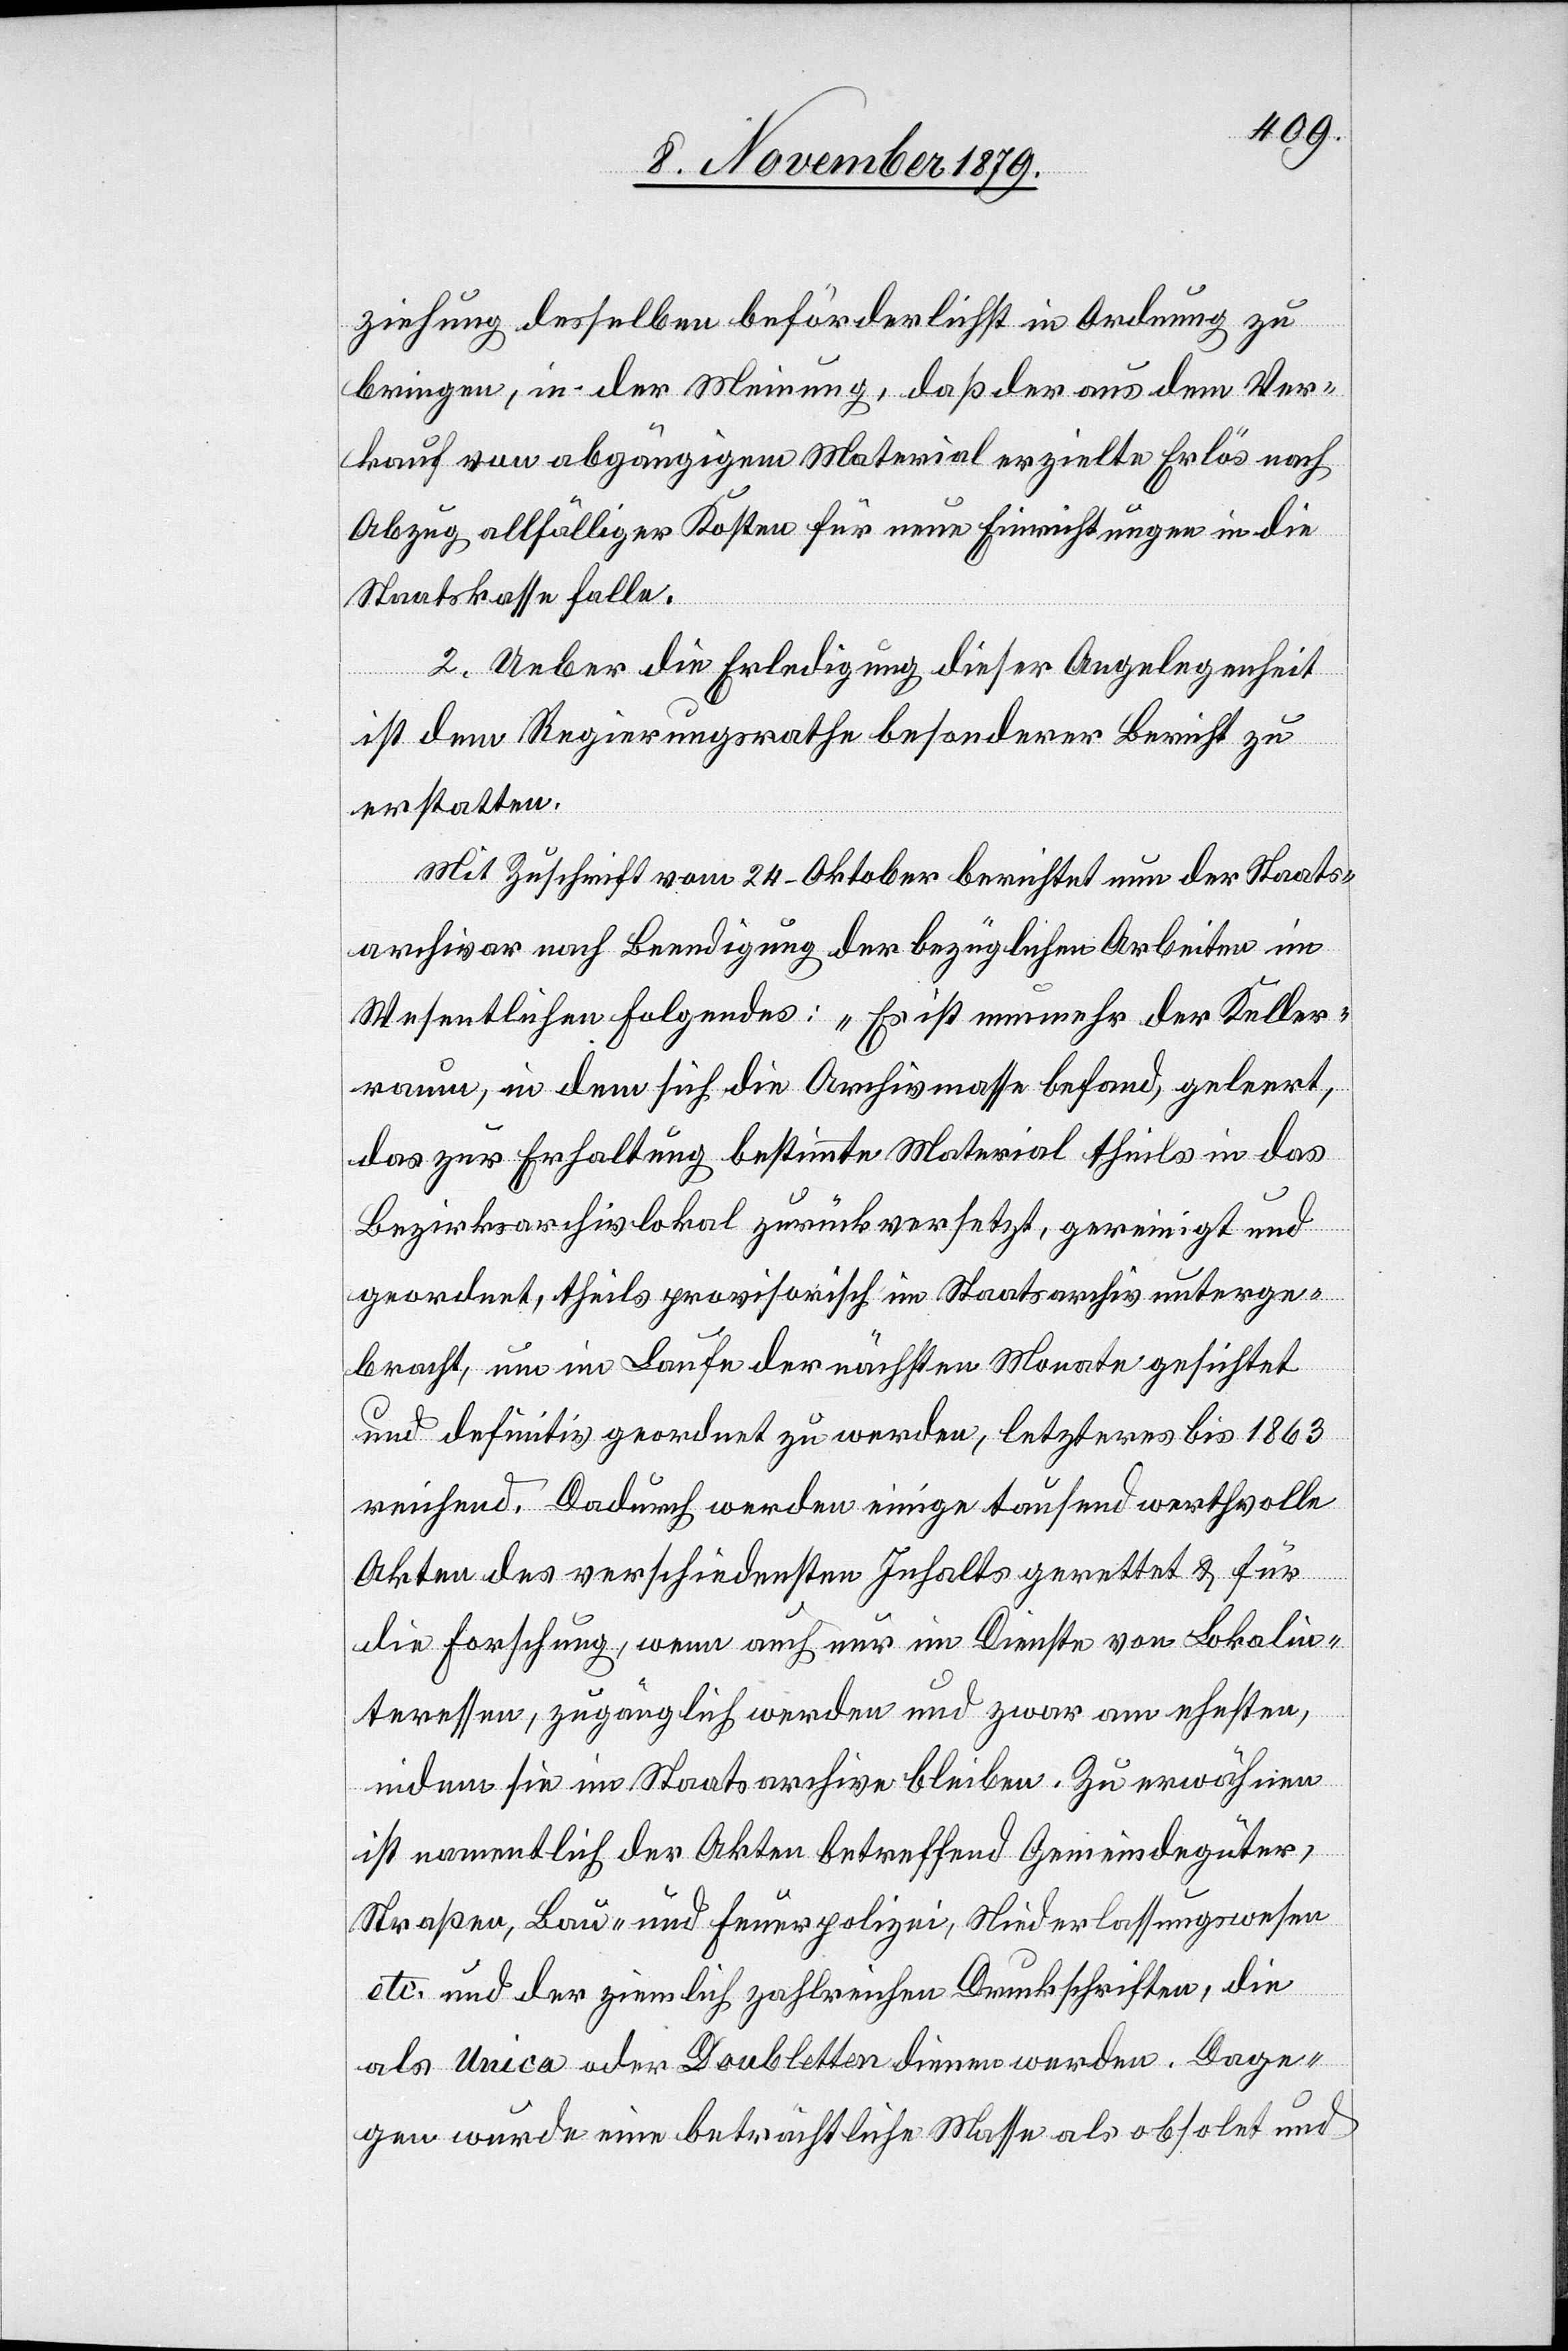
ziehung desselben beförderlichst in Ordnung zu
bringen, in der Meinung, daß der aus dem Ver¬
kauf von abhängigem Material erzielte Erlös nach
Abzug allfälliger Kosten für neue Einrichtungen in die
Staatskasse falle.
2. Ueber die Erledigung dieser Angelegenheit
ist dem Regierungsrathe besonderer Bericht zu
erstatten.
Mit Zuschrift vom 24. Oktober berichtet nun der Staats¬
archivar nach Beendigung der bezüglichen Arbeiten im
Wesentlichen folgendes: „Es ist nunmehr der Keller¬
raum, in dem sich die Archivmasse befand, geleert,
das zur Erhaltung bestimmte Material theils in das
Bezirksarchivlokal zurückversetzt, gereinigt und
geordnet, theils provisorisch im Staatsarchiv unterge¬
bracht, um im Laufe der nächsten Monate gesichtet
und definitiv geordnet zu werden, letzteres bis 1863
reichend. Dadurch werden einige tausend werthvolle
Akten des verschiedensten Inhaltes gerettet & für
die Forschung, wenn auch nur im Dienste von Lokalin¬
teressen, zugänglich werden und zwar am ehesten,
indem sie im Staatsarchive bleiben. Zu erwähnen
ist namentlich der Akten betreffend Gemeindegüter,
Straßen, Bau- und Feuerpolizei, Niederlassungswesen
etc. und der ziemlich zahlreichen Druckschriften, die
als Unica oder Doubletten dienen werden. Dage¬
gen wurde eine beträchtliche Masse als absolut und